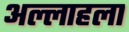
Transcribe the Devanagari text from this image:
अल्लाहला